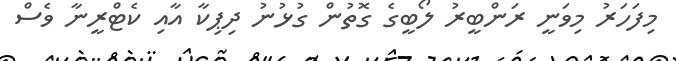
މިފަހަރު މިވަނީ ރަންބީރު ލޯބީގެ ގޮތުން ގުޅުނު ދިޕިކާ އާއި ކެޓްރީނާ ވެސް